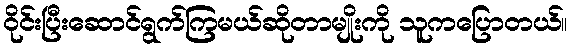
ဝိုင်းပြီးဆောင်ရွက်ကြမယ်ဆိုတာမျိုးကို သူကပြောတယ်။